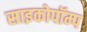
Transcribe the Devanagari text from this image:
साइकोपॉम्प